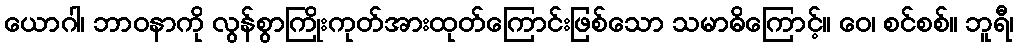
ယောဂါ၊ ဘာဝနာကို လွန်စွာကြိုးကုတ်အားထုတ်ကြောင်းဖြစ်သော သမာဓိကြောင့်။ ဝေ၊ စင်စစ်။ ဘူရီ၊